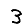
Digit: 3